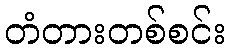
တံတားတစ်စင်း